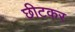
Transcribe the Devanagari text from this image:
छीटकर